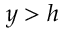
y > h